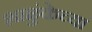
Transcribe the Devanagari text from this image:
शाळुंकेच्या